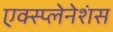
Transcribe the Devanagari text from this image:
एक्स्प्लेनेशंस